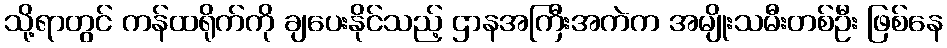
သို့ရာတွင် ကန်ထရိုက်ကို ချပေးနိုင်သည့် ဌာနအကြီးအကဲက အမျိုးသမီးတစ်ဦး ဖြစ်နေ